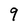
Character: 9